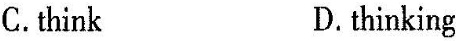
C.think D.thinking